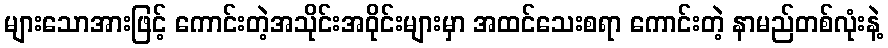
များသောအားဖြင့် ကောင်းတဲ့အသိုင်းအဝိုင်းများမှာ အထင်သေးစရာ ကောင်းတဲ့ နာမည်တစ်လုံးနဲ့